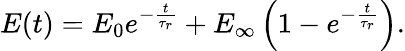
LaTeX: E(t)=E_{0}e^{-\frac{t}{\tau_{r}}}+E_{\infty}\left(1-e^{-\frac{t}{\tau_{r}}}\right).